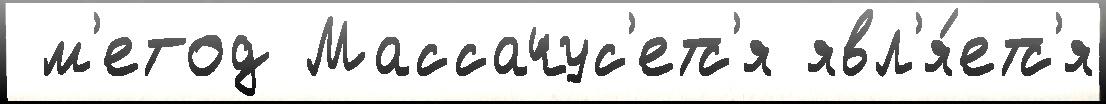
 м'етод Массачус'етс'я явл'я́етс'я